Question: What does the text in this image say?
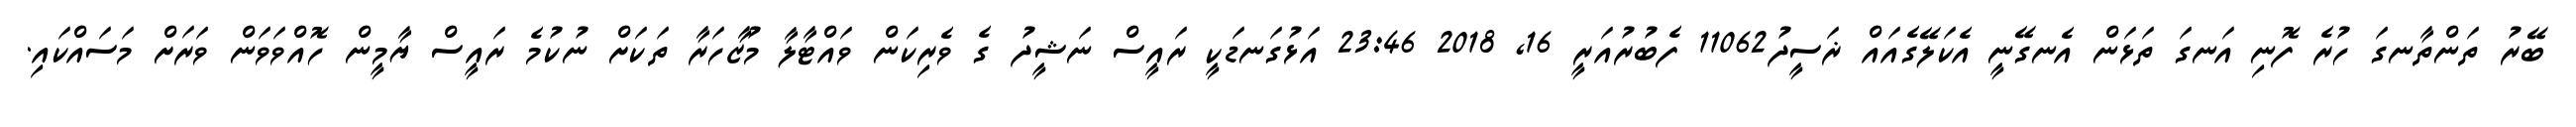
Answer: ބޭރު ތަންތާނގަ ހުރެ ފޮނި އަނގަ ތަޅަން އެނގޭނީ އެކަލޭގެއައް ޜަސީދު11062 ފެބުރުއަރީ 16, 2018 23:46 އަޅުގަނޑަކީ ރައީސް ނަޝީދު ގެ ވެރިކަން ވައްޓާލާ މުޒާހަރާ ތަކަށް ނުކުމެ ރައީސް ޔާމީން ހޮއްވަވަން ވަރަށް މަސައްކައި.